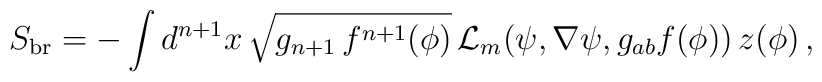
S_{\rm br} = - \int {d^{n+1}x \,\sqrt{g_{n+1}\, f^{n+1}(\phi)} \,{\mathcal{L}}_m (\psi, \nabla\psi, g_{ab} f(\phi))}\, z(\phi) \, ,